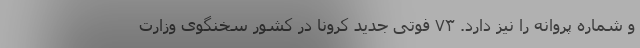
و شماره پروانه را نیز دارد. ۷۳ فوتی جدید کرونا در کشور سخنگوی وزارت